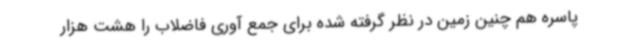
پاسره هم چنین زمین در نظر گرفته شده برای جمع آوری فاضلاب را هشت هزار